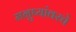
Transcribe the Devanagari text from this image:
मनुष्यांवरचे